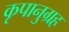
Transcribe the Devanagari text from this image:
कृपानुग्रह